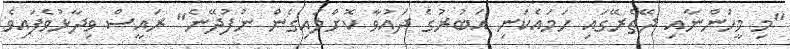
"މި މީހުންނާއި ދޭތެރޭގައި ހަމައެކަނި އަބުރުގެ ދައުވާ ކޮށްލައިގެން ނުފުދޭނެ" ރައީސް ވިދާޅުވެފައިވެ